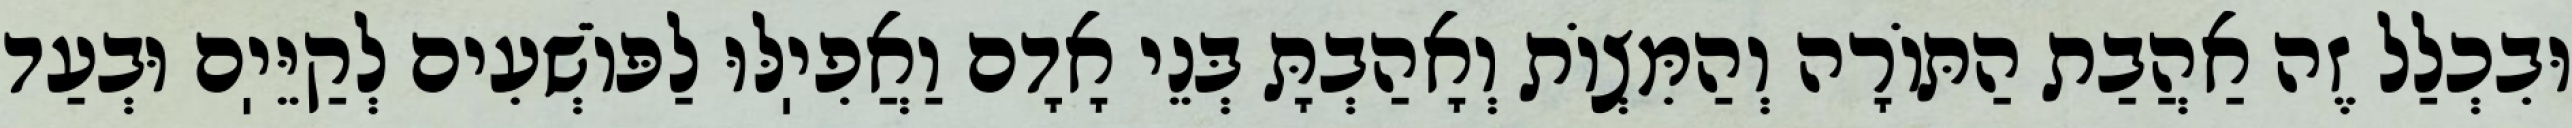
וּבִכְלַל זֶה אַהֲבַת הַתּוֹרָה וְהַמִּצְוֹת וְאָהַבְתָּ בְּנֵי אָדָם וַאֲפִיֽלּוּ לַפּוֹשְׁעִים לְקַיֵּיֽם וּבְעַד